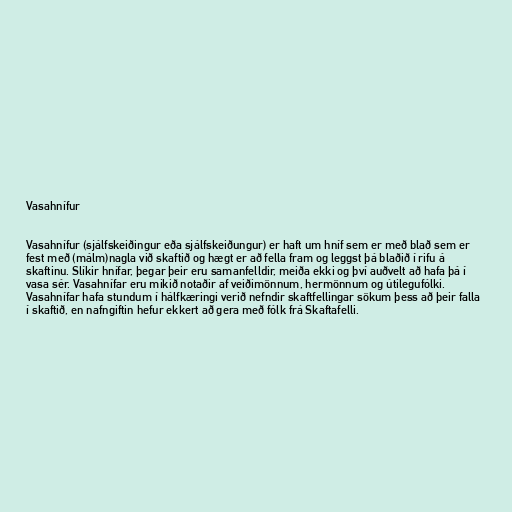
Vasahnífur

Vasahnífur (sjálfskeiðingur eða sjálfskeiðungur) er haft um hníf sem er með blað sem er
fest með (málm)nagla við skaftið og hægt er að fella fram og leggst þá blaðið í rifu á
skaftinu. Slíkir hnífar, þegar þeir eru samanfelldir, meiða ekki og því auðvelt að hafa þá í
vasa sér. Vasahnífar eru mikið notaðir af veiðimönnum, hermönnum og útilegufólki.
Vasahnífar hafa stundum í hálfkæringi verið nefndir skaftfellingar sökum þess að þeir falla
í skaftið, en nafngiftin hefur ekkert að gera með fólk frá Skaftafelli.